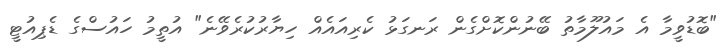
"ބޮޑުވީމާ އެ މައުލޫމާތު ބޭނުންކޮށްގެން ރަނގަޅު ކެރިއައެއް ހިޔާރުކުރެވޭނެ" އުތީމު ހައުސްގެ ޑެޕިއުޓީ